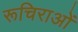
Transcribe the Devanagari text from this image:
रूचिराओं